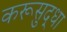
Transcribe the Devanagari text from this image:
करूसुद्धा